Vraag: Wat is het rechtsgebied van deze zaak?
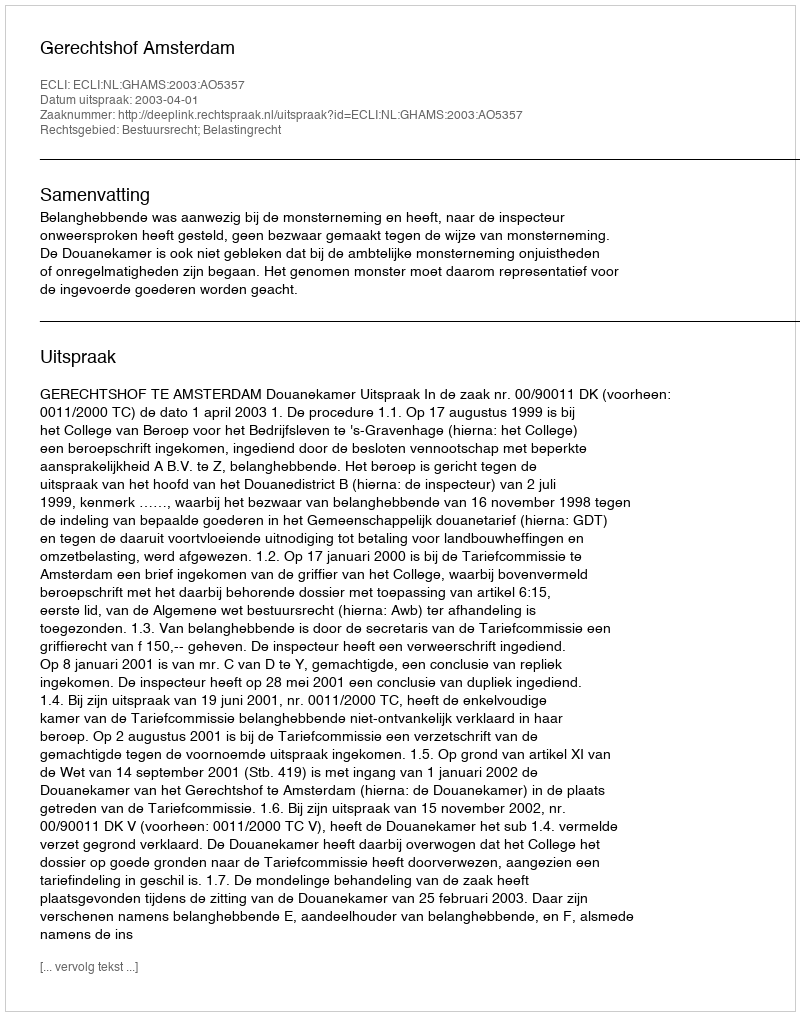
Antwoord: Bestuursrecht; Belastingrecht